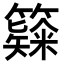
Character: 𥶗